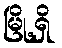
မြို့ရှိ